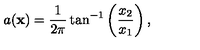
a ( { \bf x } ) = \frac { 1 } { 2 \pi } \tan ^ { - 1 } \left( \frac { x _ { 2 } } { x _ { 1 } } \right) ,